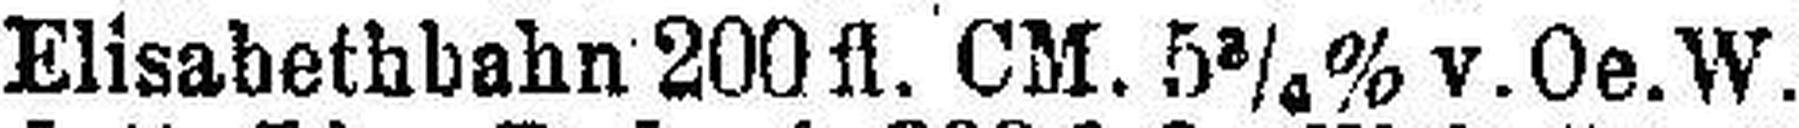
Elisabethbahn 200 fl. CM. 5¼% v.Oe.W.